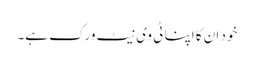
خود ان کا اپنا ٹی وی نیٹ ورک ہے۔